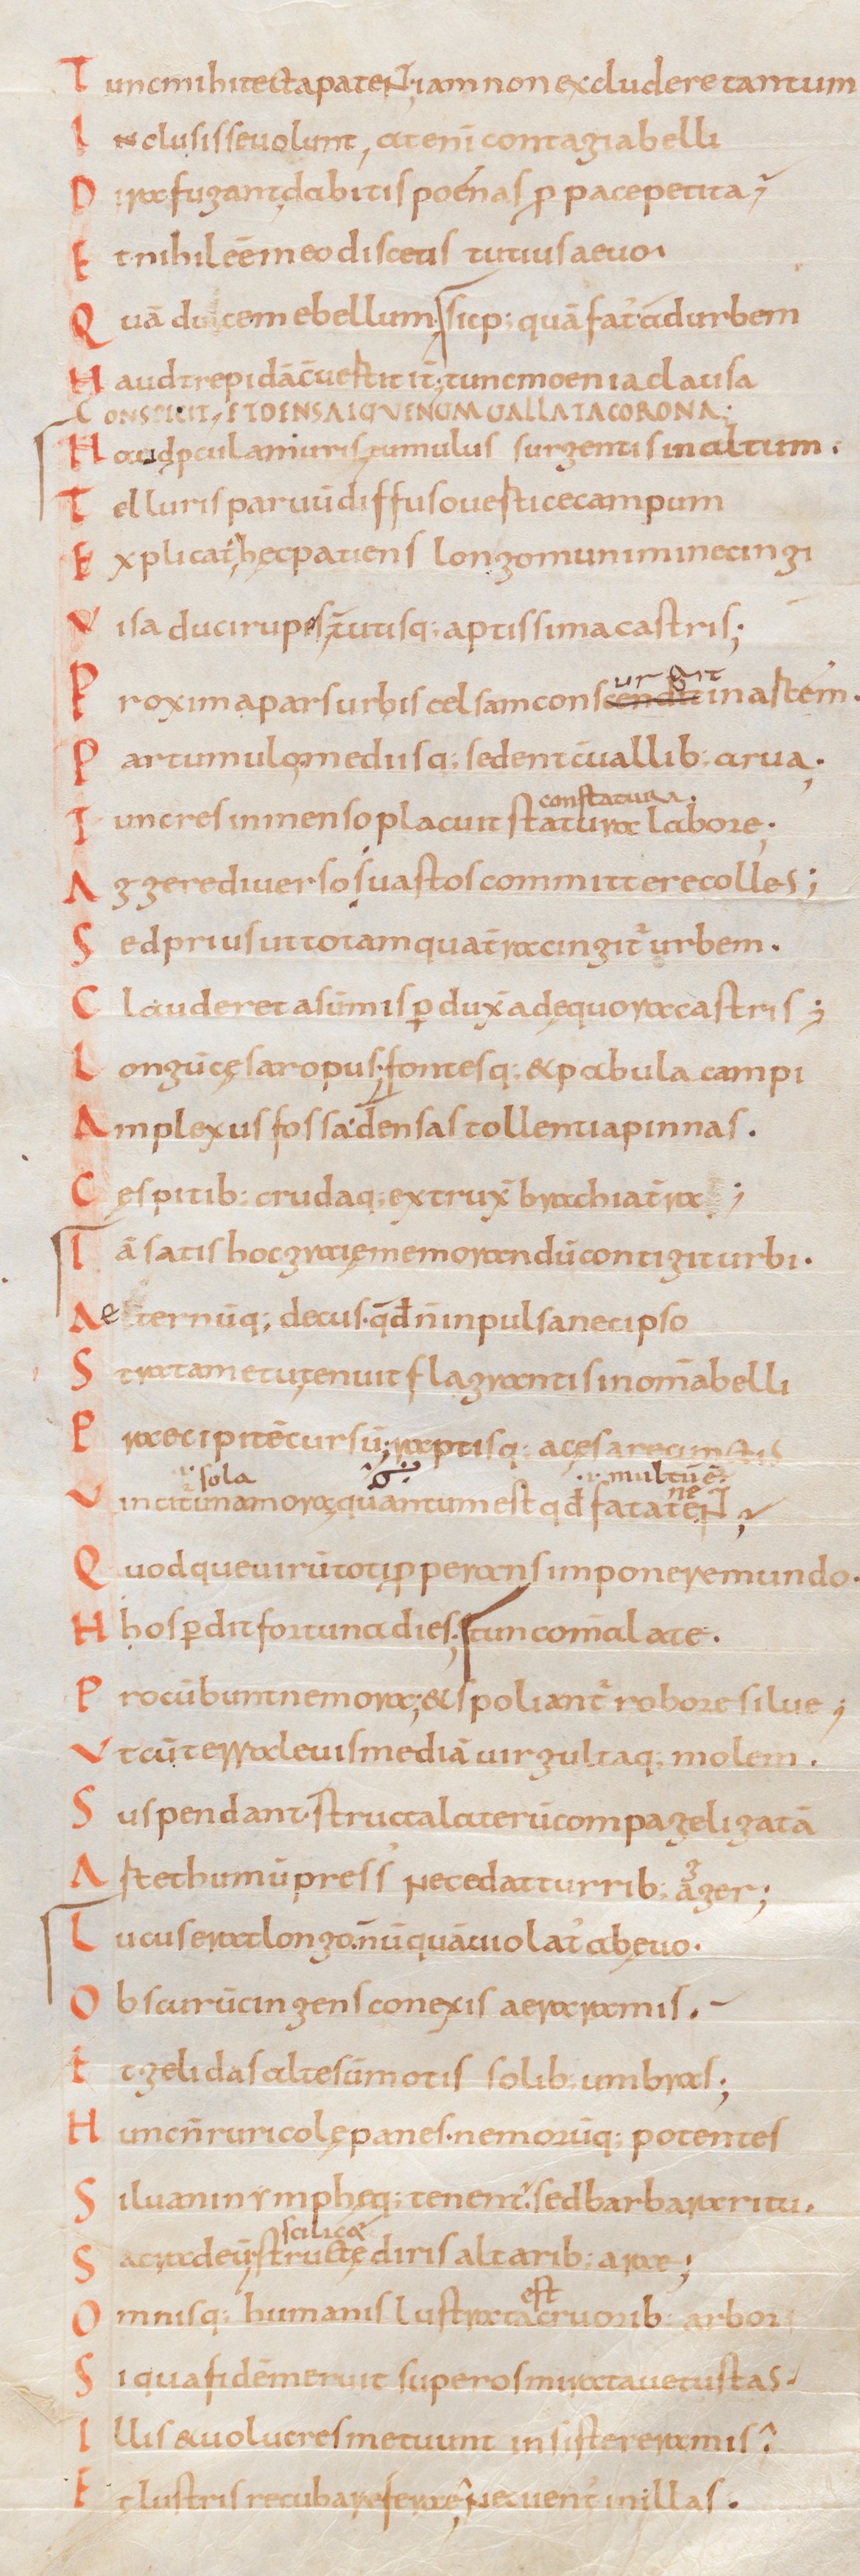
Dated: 834–1899